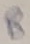
Text: B